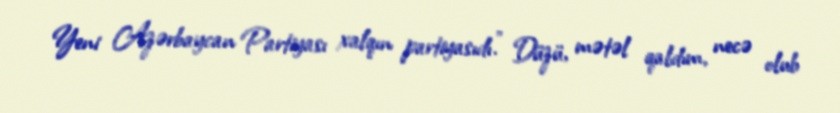
Yeni Azərbaycan Partiyası xalqın partiyasıdı.” Düzü, mətəl qaldım, necə olub